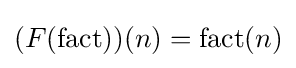
(F(\operatorname {fact} ))(n)=\operatorname {fact} (n)